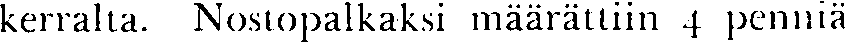
kerralta. Nostopalkaksi määrättiin 4 penniä